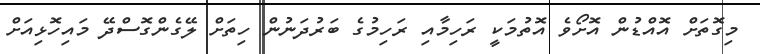
މިގޮތަށް އޮއްޑުން އޮށޯވެ އޮތުމަކީ ރަހިމާއި ރަހިމުގެ ބަރުދަނުން ހިތަށް ލޭގެންގޮސްދޭ މައިހޮޅިއަށް